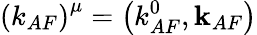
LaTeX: \left(k_{AF}\right)^{\mu}=\left(k_{AF}^{0},{\mathbf{k}}_{AF}\right)